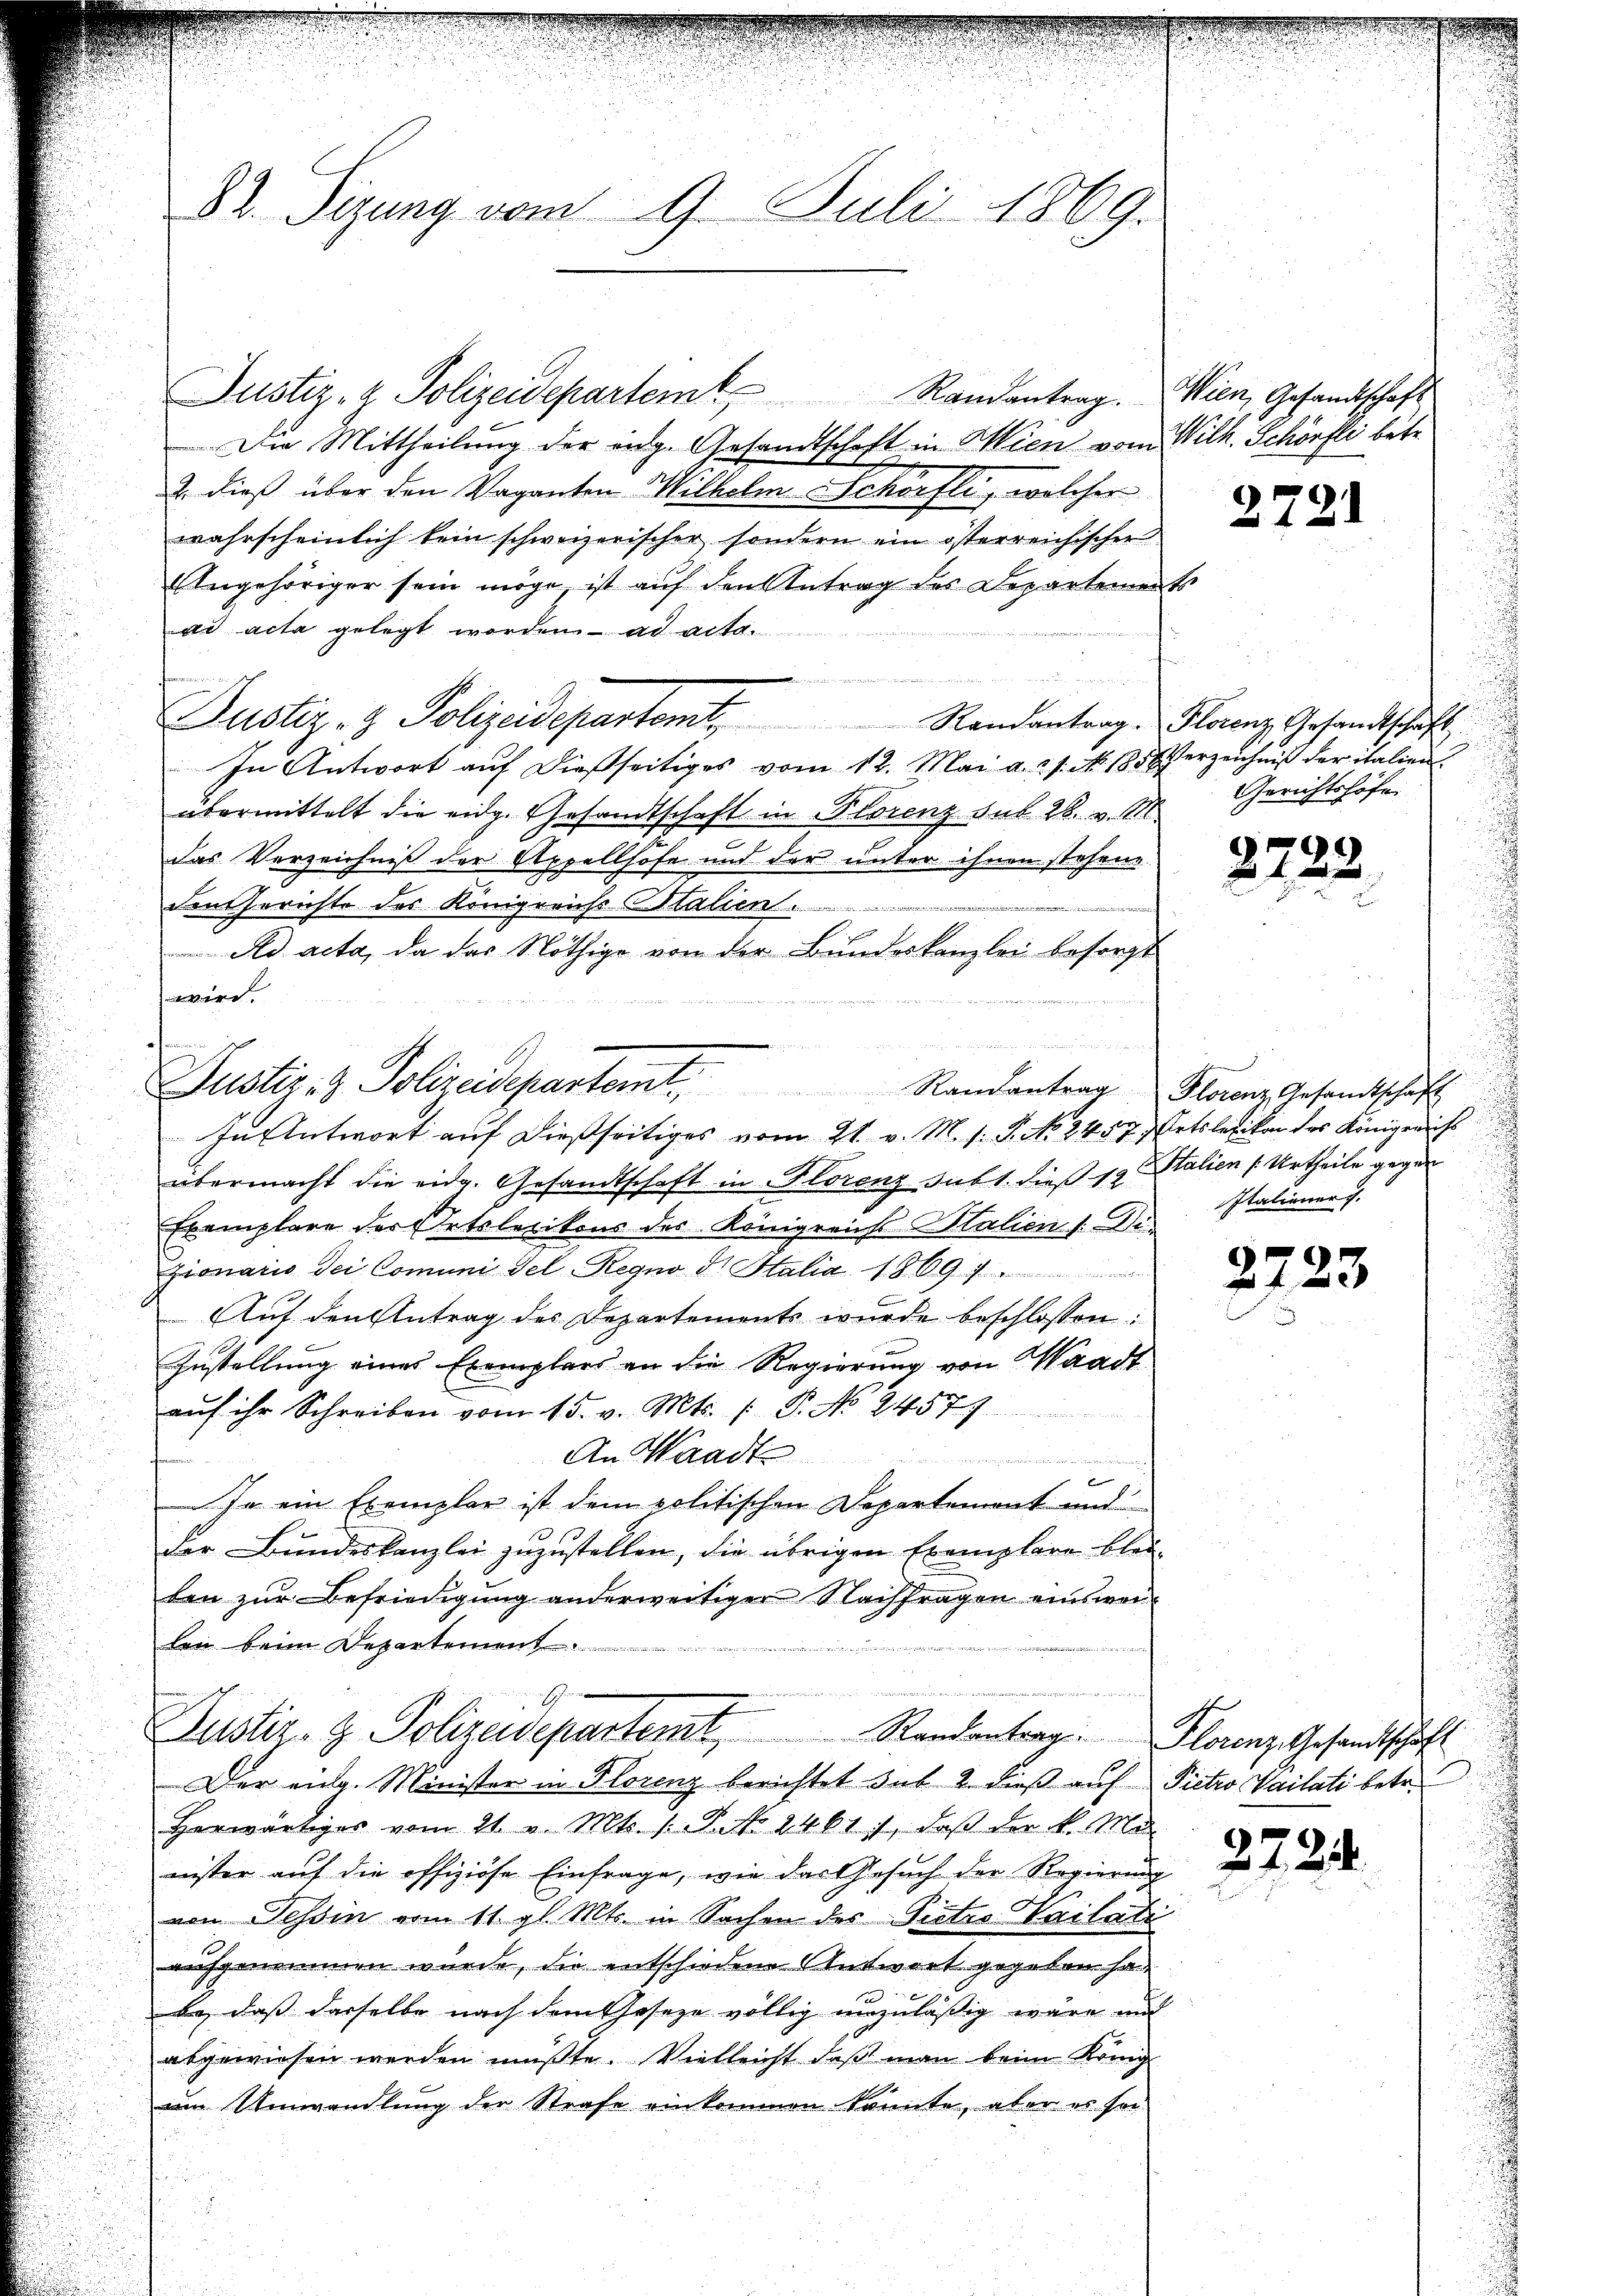
Justiz- & Polizeidepartem Randantrag. Wien, Gesandtschaft
Die Mittheilung der eidg. Gesandtschaft in Wien vom Wilh. Schöfli betr.
2. dieß über den Vaganten Wilhelm Schörfli, welcher
wahrscheinlich kein schweizerischer sondern ein österreichischer
Angehöriger sein möge, ist auf den Antrag des Departements
ad acta gelegt worden ad acta.
u
Justiz- & Polizeidepartamt Randantrag. Florenz, Gesandtschaft
In Antwort aŭf dießseitiges vom 12. Mai a. s. No. 185 Verzeichniß der italien
übermittelt die eidg. Gesandtschaft in Florenz sub 28. v. M
das Verzeichniß der Appellhofe und der unter ihnen stehene
den Gerichte des Königreichs Italien ........

Ad acta, da das Nöthige von der Bundeskanzlei besorgt
ere
   einen vermitte
In Antwort auf dießseitiges vom 21. v. M. s. S. No. 2457. Ortslesikon des Königreichs
übermacht die eidg. Gesandtschaft in Florenz Subt. dieß 12 t Italien Urtheile
Exemplare der Ortslexikons des Königreichs Malien /: Di
zionario dei Comuni Fel-Regno d. Halia 1869
Auf den Antrag des Departements wurde beschlossen:
Zustellung eines Exemplars an die Regierung von Waadt
aŭf ihr Schreiben vom 15. v. Mts. (: P. No 24577
An Waadt

Ja ein Exemplar ist dem politischen Departement und
der Bundeskanzlei zuzustellen, die übrigen Exemplare bleiben zur Befriedigung anderweitiger Nachfragen einswei
len beim Departement
oreinigen f
E
Justiz- & Polizeidepartemt Randantrag. Florenz Gesandtschaft
Der eing. Minister in Florenz berichtet sub 2. dieß auf Pietro Vailati betr.
Herwärtiges vom 21. v. Mts. 1. P. Nr. 24611, daß der k. Ma
meister auf die offiziöse Einfrage, wie das Gesuch der Regierung
von Tessin vom 11. gl. Mts. in Sachen des Pietro Vailati
aufgenommen wurde, die entschiedene Antwort gegeben ha
be, dass dasselbe nach dem Geseze völlig unzuläßig wäre und
abgewiesen werden müßte. Vielleicht daß man beim König
am Umwandlung der Strafe einkommen könnte, aber es sei

82. Sizung vom 9. Juli 1869.

Justiz- & Polizeidepartemt.

t

Gerichtshöfe.

Randantrag Florenz Gesandtschaft
Italiener s
.

2721

99
2 f 0 x

2723

2724